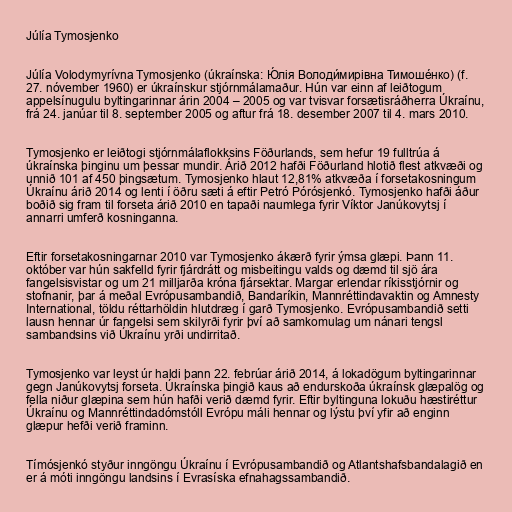
Júlía Tymosjenko

Júlía Volodymyrívna Tymosjenko (úkraínska: Ю́лія Володи́мирівна Тимоше́нко) (f.
27. nóvember 1960) er úkraínskur stjórnmálamaður. Hún var einn af leiðtogum
appelsínugulu byltingarinnar árin 2004 – 2005 og var tvisvar forsætisráðherra Úkraínu,
frá 24. janúar til 8. september 2005 og aftur frá 18. desember 2007 til 4. mars 2010.

Tymosjenko er leiðtogi stjórnmálaflokksins Föðurlands, sem hefur 19 fulltrúa á
úkraínska þinginu um þessar mundir. Árið 2012 hafði Föðurland hlotið flest atkvæði og
unnið 101 af 450 þingsætum. Tymosjenko hlaut 12,81% atkvæða í forsetakosningum
Úkraínu árið 2014 og lenti í öðru sæti á eftir Petró Pórósjenkó. Tymosjenko hafði áður
boðið sig fram til forseta árið 2010 en tapaði naumlega fyrir Víktor Janúkovytsj í
annarri umferð kosninganna.

Eftir forsetakosningarnar 2010 var Tymosjenko ákærð fyrir ýmsa glæpi. Þann 11.
október var hún sakfelld fyrir fjárdrátt og misbeitingu valds og dæmd til sjö ára
fangelsisvistar og um 21 milljarða króna fjársektar. Margar erlendar ríkisstjórnir og
stofnanir, þar á meðal Evrópusambandið, Bandaríkin, Mannréttindavaktin og Amnesty
International, töldu réttarhöldin hlutdræg í garð Tymosjenko. Evrópusambandið setti
lausn hennar úr fangelsi sem skilyrði fyrir því að samkomulag um nánari tengsl
sambandsins við Úkraínu yrði undirritað.

Tymosjenko var leyst úr haldi þann 22. febrúar árið 2014, á lokadögum byltingarinnar
gegn Janúkovytsj forseta. Úkraínska þingið kaus að endurskoða úkraínsk glæpalög og
fella niður glæpina sem hún hafði verið dæmd fyrir. Eftir byltinguna lokuðu hæstiréttur
Úkraínu og Mannréttindadómstóll Evrópu máli hennar og lýstu því yfir að enginn
glæpur hefði verið framinn.

Tímósjenkó styður inngöngu Úkraínu í Evrópusambandið og Atlantshafsbandalagið en
er á móti inngöngu landsins í Evrasíska efnahagssambandið.